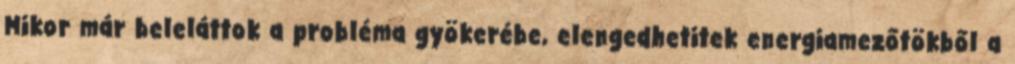
Mikor már beleláttok a probléma gyökerébe, elengedhetitek energiamezőtökből a